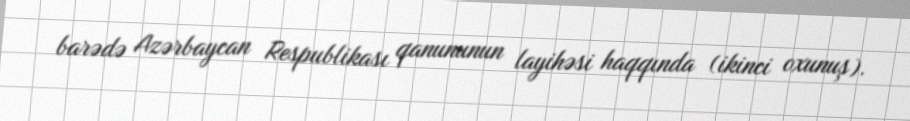
barədə Azərbaycan Respublikası qanununun layihəsi haqqında (ikinci oxunuş).